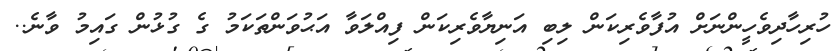
ހުރިހާދިވެހީންނަށް އުފާވެރިކަން ލިބި އަނިޔާވެރިކަން ފިއްލަވާ އަޙުވަންތަކަމު ގެ ގުޅުން ގައިމު ވާނެ..